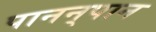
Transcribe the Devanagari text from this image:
पानन्‌पान